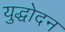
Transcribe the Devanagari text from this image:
युद्धोदन